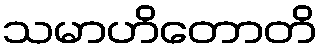
သမာဟိတောတိ